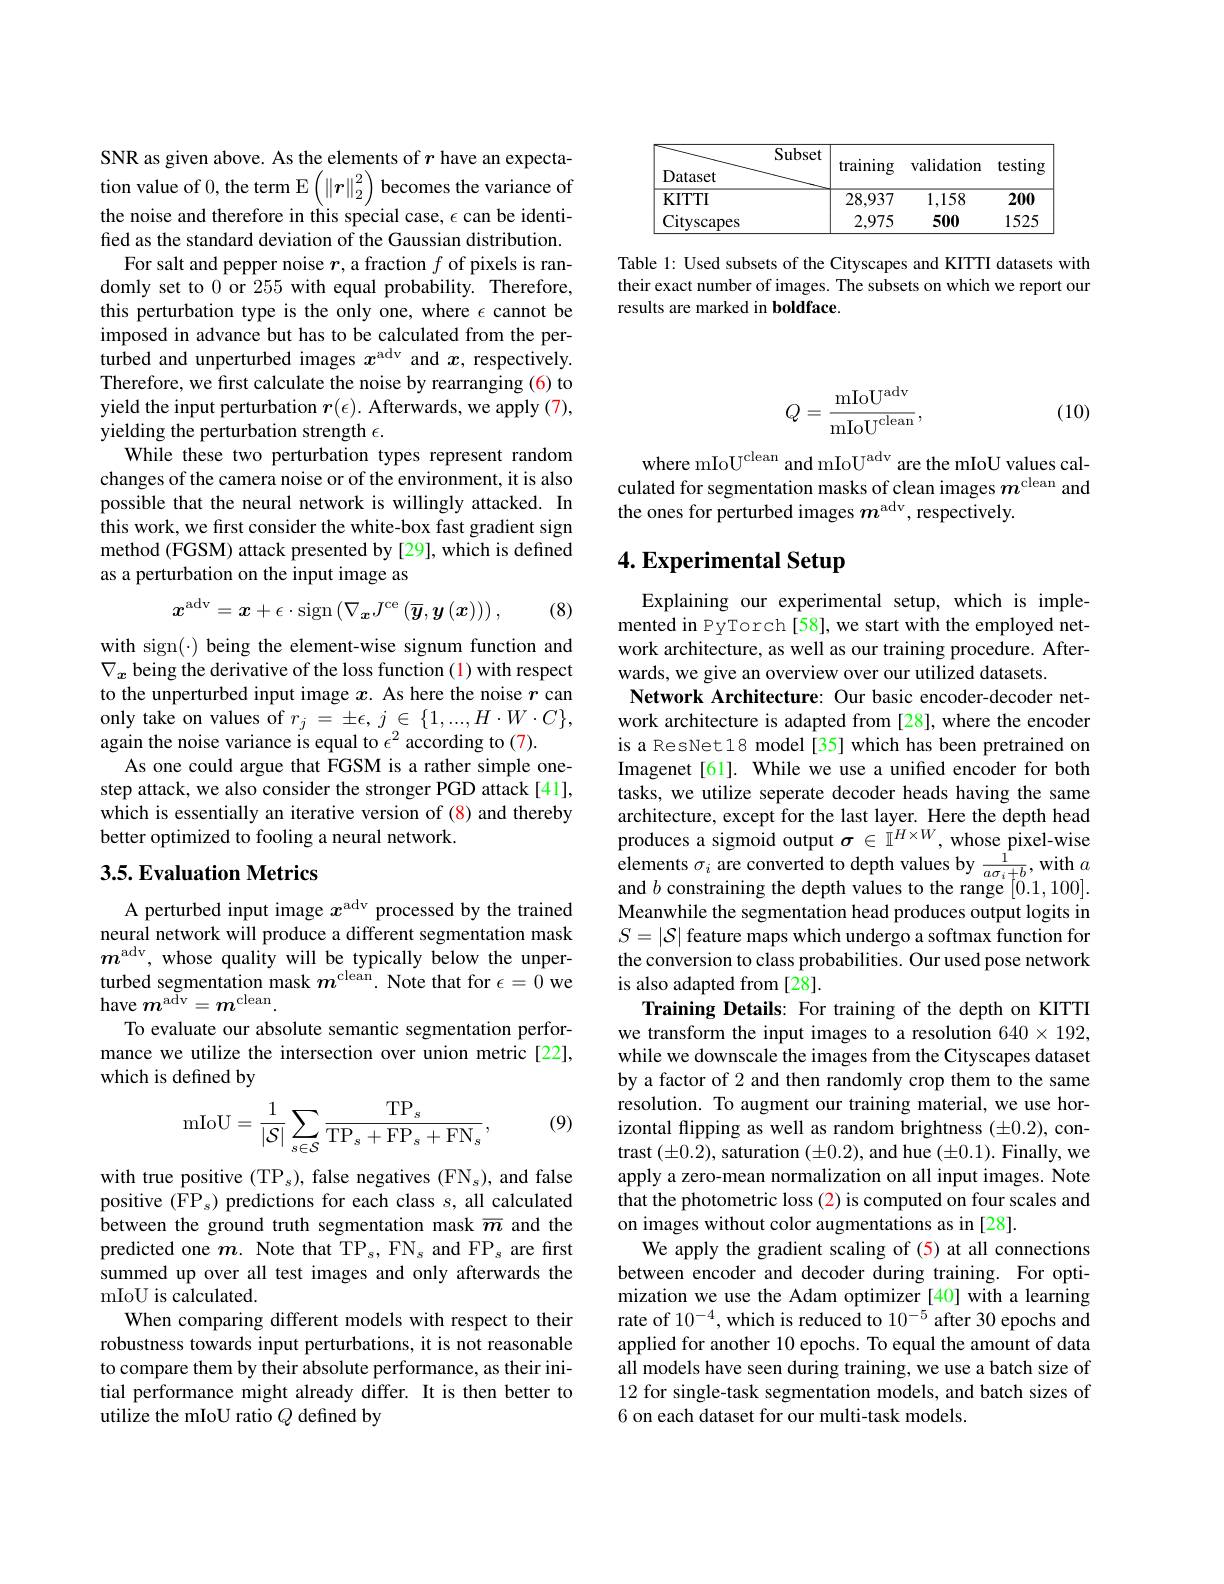
<table>
	<tbody>
		<tr>
			<th>Subset Dataset</th>
			<th>training</th>
			<th>${\mathrm{validation}}$</th>
			<th>testing</th>
		</tr>
		<tr>
			<td>KITTI</td>
			<td>28,937</td>
			<td>1,158</td>
			<td>200</td>
		</tr>
		<tr>
			<td>Cityscapes</td>
			<td>2,975</td>
			<td>500</td>
			<td>1525</td>
		</tr>
	</tbody>
</table>

Table 1: Used subsets of the Cityscapes and KITTI datasets with their exact number of images. The subsets on which we report our results are marked in boldface.

SNR as given above. As the elements of $r$ have an expectation value of 0, the term E$\left(\|\boldsymbol{r}\|_2^2\right)$becomes the variance of the noise and therefore in this special case, $\epsilon$ can be identified as the standard deviation of the Gaussian distribution.
For salt and pepper noise $r$, a fraction $f$ of pixels is randomly set to 0 or 255 with equal probability. Therefore, this perturbation type is the only one, where $\epsilon$ cannot be imposed in advance but has to be calculated from the perturbed and unperturbed images $x^\mathrm{adv}$ and $x$, respectively. Therefore, we first calculate the noise by rearranging (6) to yield the input perturbation $r(\epsilon).$ Afterwards, we apply (7), yielding the perturbation strength $\epsilon.$
While these two perturbation types represent random changes of the camera noise or of the environment, it is also possible that the neural network is willingly attacked. In this work, we first consider the white-box fast gradient sign method (FGSM) attack presented by [29], which is defined as a perturbation on the input image as
$$x^{\mathrm{adv}}=x+\epsilon\cdot\mathrm{sign}\left(\nabla_{\boldsymbol{x}}J^{\mathrm{ce}}\left(\overline{\boldsymbol{y}},\boldsymbol{y}\left(\boldsymbol{x}\right)\right)\right),$$
(8)

with sign(·) being the element-wise signum function and $\nabla_x$ being the derivative of the loss function (1) with respect to the unperturbed input image $x$. As here the noise $r$ can only take on values of $r_j=\pm\epsilon,j\in\{1,...,H\cdot W\cdot C\}$, again the noise variance is equal to $\epsilon^2$ according to (7).
As one could argue that FGSM is a rather simple onestep attack, we also consider the stronger PGD attack[41], which is essentially an iterative version of (8) and thereby better optimized to fooling a neural network.

## 3.5. Evaluation Metrics

A perturbed input image $x^\mathrm{adv}$ processed by the trained neural network will produce a different segmentation mask $m^\mathrm{adv}$, whose quality will be typically below the unperturbed segmentation mask $m^\mathrm{clean}.$ Note that for $\epsilon=\hat{0}$ we have $m^\mathrm{adv}=\boldsymbol{m}^\mathrm{clean}.$
To evaluate our absolute semantic segmentation performance we utilize the intersection over union metric[22], which is defined by

(9)
$$\mathrm{mIoU}=\frac{1}{|\mathcal{S}|}\sum_{s\in\mathcal{S}}\frac{\mathrm{TP}_{s}}{\mathrm{TP}_{s}+\mathrm{FP}_{s}+\mathrm{FN}_{s}},$$
with true positive (TP $_s)$, false negatives (FN $_s)$, and false positive $(\mathrm{FP}_{s})$ predictions for each class $s$, all calculated between the ground truth segmentation mask $\overline{m}$ and the predicted one $m.$ Note that TP$_s,\mathrm{FN}_s$ and FP$_s$ are first summed up over all test images and only afterwards the mIoU is calculated.
When comparing different models with respect to their robustness towards input perturbations, it is not reasonable to compare them by their absolute performance, as their initial performance might already differ. It is then better to utilize the mIoU ratio $Q$ defined by

(10)
$$Q=\frac{\mathrm{mIoU^{adv}}}{\mathrm{mIoU^{clean}}},$$
where mIoU$^\mathrm{clean}$ and mIoU$^\mathrm{adv}$ are the mIoU values calculated for segmentation masks of clean images $m^\mathrm{clean}$ and the ones for perturbed images $m^\mathrm{adv}$, respectively

# 4. Experimental Setup

Explaining our experimental setup, which is implemented in PyTorch[58], we start with the employed network architecture, as well as our training procedure. Afterwards, we give an overview over our utilized datasets.
Network Architecture: Our basic encoder-decoder network architecture is adapted from [28], where the encoder is a ResNet18 model[35] which has been pretrained on Imagenet [61]. While we use a unified encoder for both tasks, we utilize seperate decoder heads having the same architecture, except for the last layer. Here the depth head produces a sigmoid output $\sigma\in\tilde{\mathbb{I}}^{H\times W}$, whose pixel-wise elements $\sigma _{i}$ are converted to depth values by $\frac 1{a\sigma _{i}+ b}$,with $a$ and $b$ conctrainina the denth valuas to the ranae [0,1,100] and $b$ constraining the depth values to the range [0.1,100]. Meanwhile the segmentation head produces output logits in $S=|\mathcal{S}|$ feature maps which undergo a softmax function for the conversion to class probabilities. Our used pose network is also adapted from [28].
Training Details: For training of the depth on KITTI we transform the input images to a resolution 640 × 192, while we downscale the images from the Cityscapes dataset by a factor of 2 and then randomly crop them to the same resolution. To augment our training material, we use horizontal flipping as well as random brightness (±0.2), contrast $(\pm0.2)$, saturation $(\pm0.2)$, and hue $(\pm0.1).$ Finally, we apply a zero-mean normalization on all input images. Note that the photometric loss (2) is computed on four scales and on images without color augmentations as in [28].
We apply the gradient scaling of (5) at all connections between encoder and decoder during training. For optimization we use the Adam optimizer [40] with a learning rate of $10^-4$,which is reduced to $10^{-5}$ after 30 epochs and applied for another 10 epochs. To equal the amount of data all models have seen during training, we use a batch size of 12 for single-task segmentation models, and batch sizes of 6 on each dataset for our multi-task models.